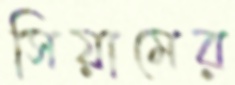
সিয়ামের